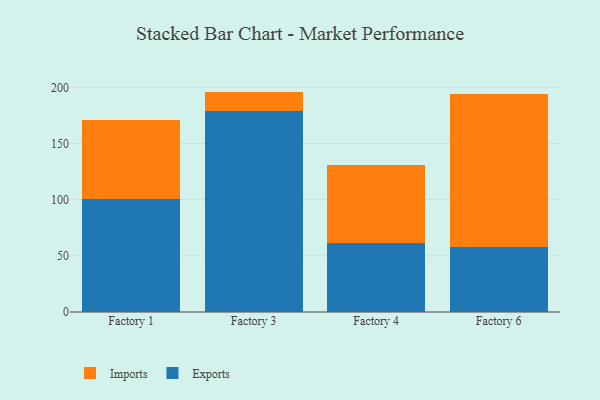
{"axis": {"x": "Factory", "y": "Conversion Rate (%)"}, "legend": ["Exports", "Imports"], "data": [{"x": "Factory 1", "y": 101.0, "type": "Exports"}, {"x": "Factory 1", "y": 69.9, "type": "Imports"}, {"x": "Factory 3", "y": 178.7, "type": "Exports"}, {"x": "Factory 3", "y": 17.5, "type": "Imports"}, {"x": "Factory 4", "y": 61.5, "type": "Exports"}, {"x": "Factory 4", "y": 69.1, "type": "Imports"}, {"x": "Factory 6", "y": 57.7, "type": "Exports"}, {"x": "Factory 6", "y": 136.3, "type": "Imports"}]}